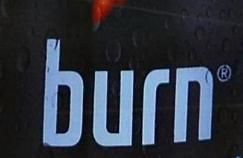
burn